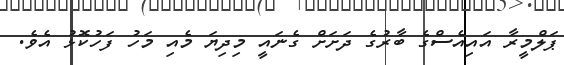
ޕަލްމީރާ އައިއެސްގެ ބާރުގެ ދަށަށް ގެނައީ މިދިޔަ މެއި މަހު ފަހުކޮޅު އެވެ.